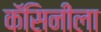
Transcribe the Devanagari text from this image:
कॅसिनीला